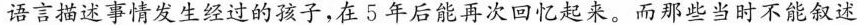
语言描述事情发生经过的孩子，在5年后能再次回忆起来。而那些当时不能叙述